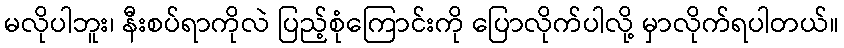
မလိုပါဘူး၊ နီးစပ်ရာကိုလဲ ပြည့်စုံကြောင်းကို ပြောလိုက်ပါလို့ မှာလိုက်ရပါတယ်။